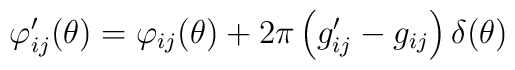
\varphi _{ij}^{\prime }(\theta )=\varphi _{ij}(\theta )+2\pi \left(g_{ij}^{\prime }-g_{ij}\right) \delta (\theta )